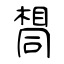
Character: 𫝛